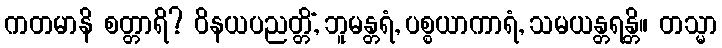
ကတမာနိ စတ္တာရိ? ဝိနယပညတ္တိံ, ဘူမန္တရံ, ပစ္စယာကာရံ, သမယန္တရန္တိ။ တသ္မာ